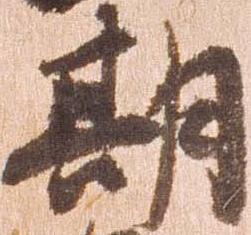
期